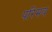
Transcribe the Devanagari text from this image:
परिमय